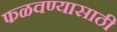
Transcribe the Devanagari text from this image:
फळवण्यासाठी